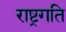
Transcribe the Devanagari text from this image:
राष्ट्रगति